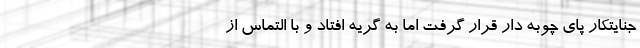
جنایتکار پای چوبه دار قرار گرفت اما به گریه افتاد و با التماس از